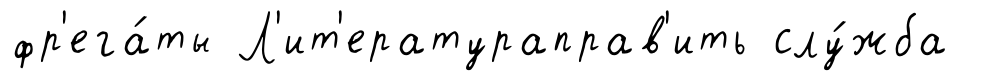
фр'ега́ты Л'ит'ератураправ'ить слу́жба